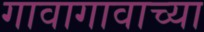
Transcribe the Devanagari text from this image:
गावागावाच्या